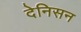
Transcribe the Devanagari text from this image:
देनिसन